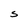
Character: S